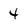
Character: 4